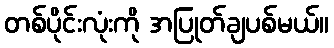
တစ်ပိုင်းလုံးကို အပြုတ်ချပစ်မယ်။